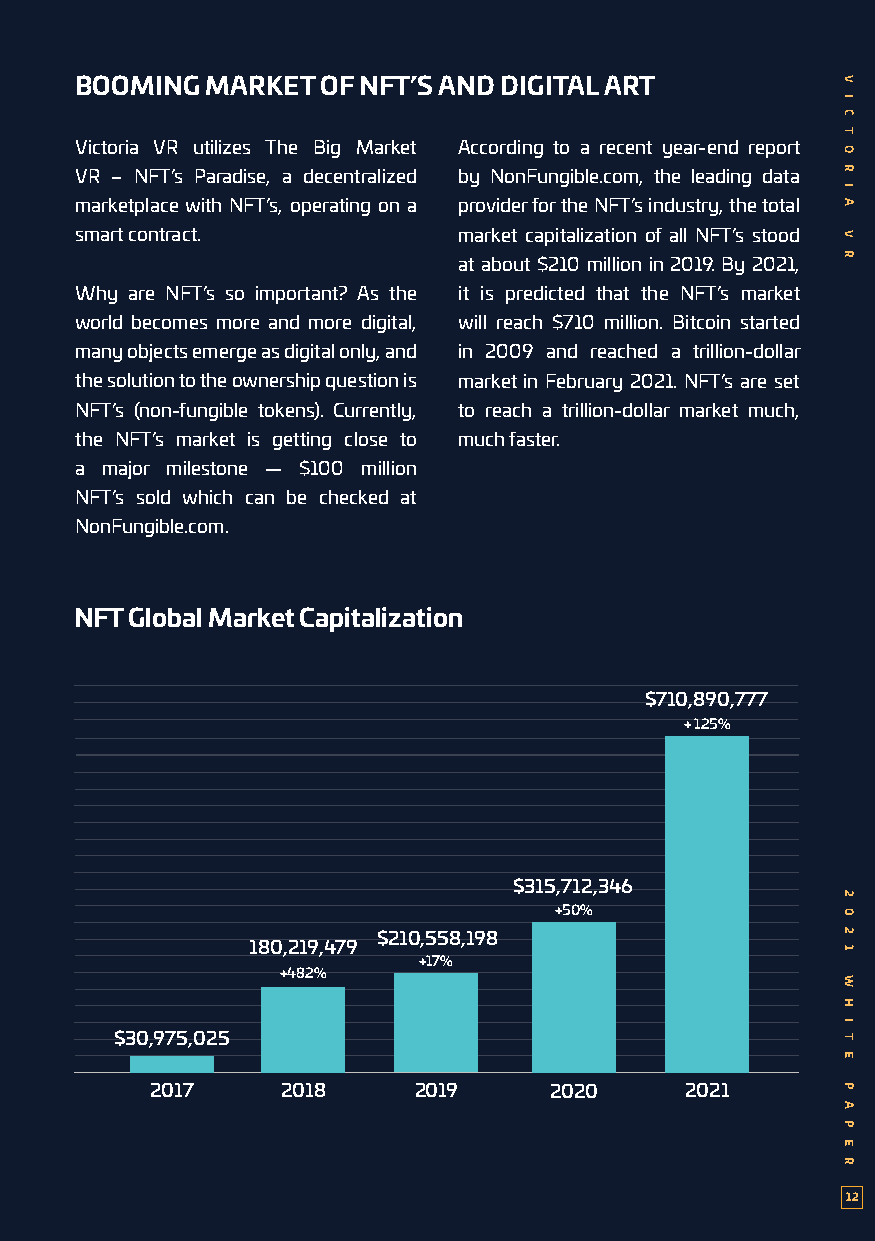
BOOMING  MARKET OF NFT’S AND DIGITAL ART
 Victoria VR utilizes The Big Market According to a recent year-end report
 VR – NFT’s Paradise, a decentralized by NonFungible.com, the leading data
 marketplace with NFT’s, operating on a provider for the NFT’s industry, the total
 smart contract.          market capitalization of all NFT’s stood
 at about $210 million in 2019. By 2021,
 Why are NFT’s so important? As the it is predicted that the NFT’s market
 world becomes more and more digital, will reach $710 million. Bitcoin started
 many objects emerge as digital only, and in 2009 and reached a trillion-dollar
 the solution to the ownership question is market in February 2021. NFT’s are set
 NFT’s (non-fungible tokens). Currently, to reach a trillion-dollar market much,
 the NFT’s market is getting close to much faster.
 a major milestone — $100 million
 NFT’s sold which can be checked at
 NonFungible.com.
 NFT Global Market Capitalization
 $710,890,777
 + 125%
 $315,712,346
 +50%
 $210,558,198
 180,219,479
 +17%
 +482%
 $30,975,025
 2017     2018    2019     2020     2021
 12
 V
 I
 C
 T
 O
 R
 I
 A
 V
 R
 2
 0
 2
 1
 W
 H
 I
 T
 E
 P
 A
 P
 E
 R